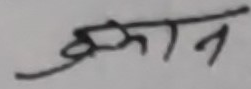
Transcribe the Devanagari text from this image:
ज्ञान